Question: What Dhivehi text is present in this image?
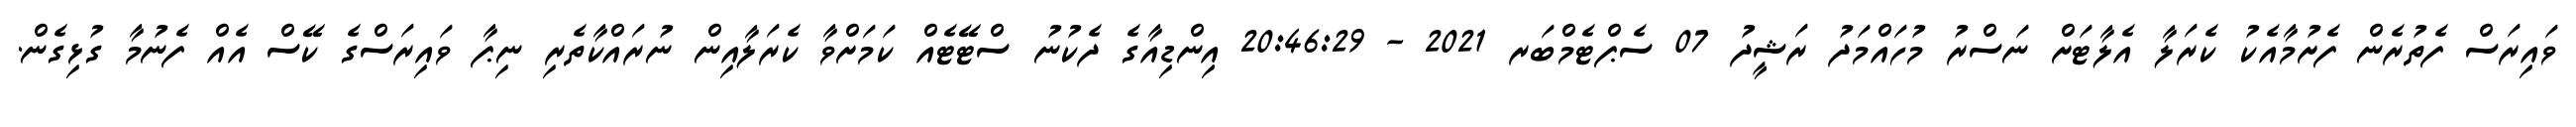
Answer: ވައިރަސް ފެތުރެން ފެށުމާއެކު ކެރަލާ އެލާޓަށް ނަސްރު މުހައްމަދު ރަޝީދު 07 ސެޕްޓެމްބަރ 2021 - 20:46:29 އިންޑިއާގެ ދެކުނު ސްޓޭޓެއް ކަމަށްވާ ކެރަލާއިން ނުރައްކާތެރި ނިޕާ ވައިރަސްގެ ކޭސް އެއް ފެނުމާ ގުޅިގެން.